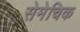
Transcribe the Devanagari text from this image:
सेमेचिक